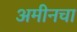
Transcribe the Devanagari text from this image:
अमीनचा